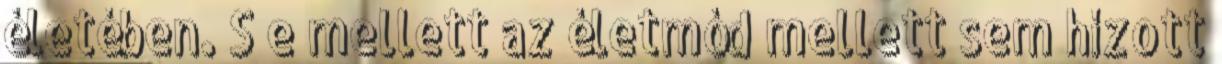
életében. S e mellett az életmód mellett sem hízott